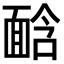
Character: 𩈣